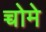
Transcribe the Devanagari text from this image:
च्चोमे